Annual returns of the Patna Lunatic Asylum at Bankipore in Bihar and Orissa - 1912-1924
Year: 1912
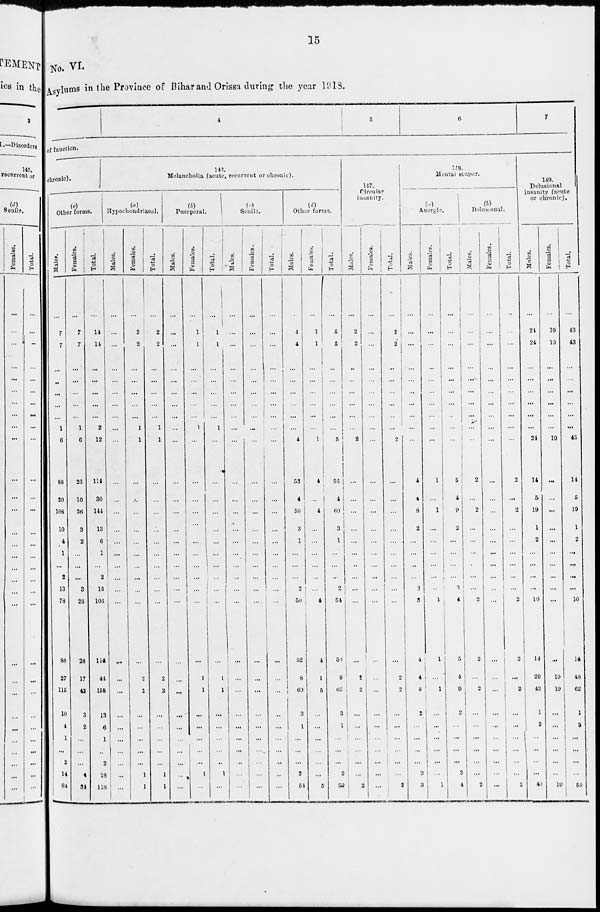
15
No. VI.
Asylums in the Province of Bihar and Orissa during the year 1918.
4
5
6
7
of function.
chronic).
(e)
Other forms.
Males.
...
7
7
...
...
...
...
...
1
6
88
20
108
10
4
1
...
2
13
78
88
27
115
10
4
1
2
1 4
84
Females.
...
7
7
...
...
...
...
...
1
6
26
10
36
3
2
...
...
...
3
28
26
17
43
3
2
...
...
4
34
Total.
...
14
14
...
...
...
...
...
2
12
114
30
144
13
6
1
...
2
16
106
114
44
158
13
6
1
2
18
118
146.
Melancholia (acute, recurrent or chronic).
(a)
Hypochondriacal.
Males.
...
...
...
...
...
...
...
...
...
...
...
...
...
...
...
...
...
...
...
...
...
...
...
...
...
...
...
...
...
Females.
...
2
2
...
...
...
...
...
1
1
...
...
...
...
...
...
...
...
...
...
...
2
2
...
...
...
...
1
1
Total.
...
2
2
...
...
...
...
...
1
1
...
...
...
...
...
...
...
...
...
...
...
2
2
...
...
...
...
1
1
(b)
Puerperal.
Males.
...
...
...
...
...
...
...
...
...
...
...
...
...
...
...
...
...
...
...
...
...
...
...
...
...
...
...
...
...
Females.
...
1
1
...
...
...
...
...
1
...
...
...
...
...
...
...
...
...
...
...
...
1
1
...
...
...
...
1
...
Total.
...
1
1
...
...
...
...
...
1
...
...
...
...
...
...
...
...
...
...
...
...
1
1
...
...
...
...
1
...
(c)
Senile.
Males.
...
...
...
...
...
...
...
...
...
...
...
...
...
...
...
...
...
...
...
...
...
...
...
...
...
...
...
...
...
Females.
...
...
...
...
...
...
...
...
...
...
...
...
...
...
...
...
...
...
...
...
...
...
...
...
...
...
...
...
...
Total.
...
...
...
...
...
...
...
...
...
...
...
...
...
...
...
...
...
...
...
...
...
...
...
...
...
...
...
...
...
(d)
Other forms.
Males.
...
4
4
...
...
...
...
...
...
4
52
4
56
3
1
...
...
...
2
50
52
8
60
3
1
...
...
2
54
Females.
...
1
1
...
...
...
...
...
...
1
4
...
4
...
...
...
...
...
...
4
4
1
5
...
...
...
...
...
5
Total.
...
5
5
...
...
...
...
...
...
5
56
4
60
3
1
...
...
...
2
54
56
9
65
3
1
...
...
2
59
147.
Circular
insanity.
Males.
...
2
2
...
...
...
...
...
...
2
...
...
...
...
...
...
...
...
...
...
...
2
2
...
...
...
...
...
2
Females.
...
...
...
...
...
...
...
...
...
...
...
...
...
...
...
...
...
...
...
...
...
...
...
...
...
...
...
...
...
Total.
...
2
2
...
...
...
...
...
...
2
...
...
...
...
...
...
...
...
...
...
...
2
2
...
...
...
...
...
2
148.
Mental stupor.
(a)
Anergic.
Males.
...
...
...
...
...
...
...
...
...
...
4
4
8
2
...
...
...
...
3
3
4
4
8
2
...
...
...
3
3
Females.
...
...
...
...
...
...
...
...
...
...
1
...
1
...
...
...
...
...
...
1
1
...
1
...
...
...
...
...
1
Total.
...
...
...
...
...
...
...
...
...
...
5
4
9
2
...
...
...
...
3
4
5
4
9
2
...
...
...
3
4
(b)
Delusional.
Males.
...
...
...
...
...
...
...
...
...
...
2
...
2
...
...
...
...
...
...
2
2
...
2
...
...
...
...
...
2
Females.
...
...
...
...
...
...
...
...
...
...
...
...
...
...
...
...
...
...
...
...
...
...
...
...
...
...
...
...
...
Total.
...
...
...
...
...
...
...
...
...
...
2
...
2
...
...
...
...
...
...
2
2
...
2
...
...
...
...
...
2
149.
Delusional
insanity (acute
or chronic).
Males.
...
24
24
...
...
...
...
...
...
24
14
5
19
1
2
...
...
...
...
16
14
29
43
1
2
...
...
...
40
Females.
...
19
19
...
...
...
...
...
...
19
...
...
...
...
...
...
...
...
...
...
...
19
19
...
...
...
...
...
19
Total.
...
43
43
...
...
...
...
...
...
43
14
5
19
1
2
...
...
...
...
16
14
48
62
1
2
...
...
...
59